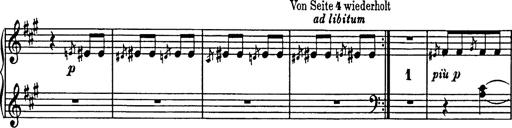
Title: Mephisto Polka
Composer: Franz Liszt